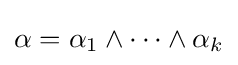
\alpha =\alpha _{1}\wedge \cdots \wedge \alpha _{k}